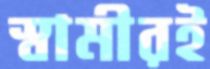
স্বামীরই